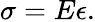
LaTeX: \sigma=E\epsilon.